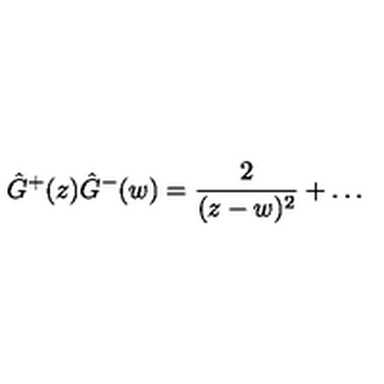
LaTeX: \hat { G } ^ { + } ( z ) \hat { G } ^ { - } ( w ) = \frac 2 { ( z - w ) ^ { 2 } } + \ldots